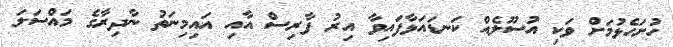
ހުށަހެޅުމަށް ވަކި އުސޫލެއް ކަނޑައަޅާފައިވާ އިރު ފާރިސް އާއި އައިމިނަތު ނާދިރާގެ މައްސަލަ